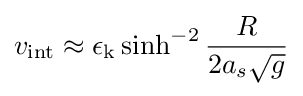
v_{\text{int}}\approx \epsilon _{\text{k}}\sinh ^{-2}{\frac {R}{2a_{s}{\sqrt {g}}}}